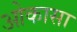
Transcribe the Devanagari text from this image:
ओकासा